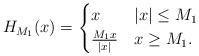
LaTeX: \begin{align*}H_{M_1}(x) =\begin{cases}x & |x| \le M_1 \\\frac{M_1x}{|x|} & x \ge M_1.\end{cases}\end{align*}